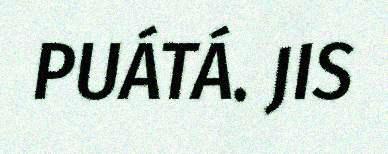
PUÁTÁ. JIS